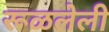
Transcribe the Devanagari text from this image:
रूळलेली